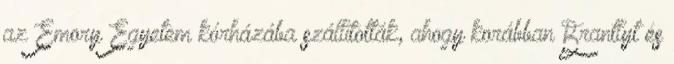
az Emory Egyetem kórházába szállították, ahogy korábban Brantlyt és